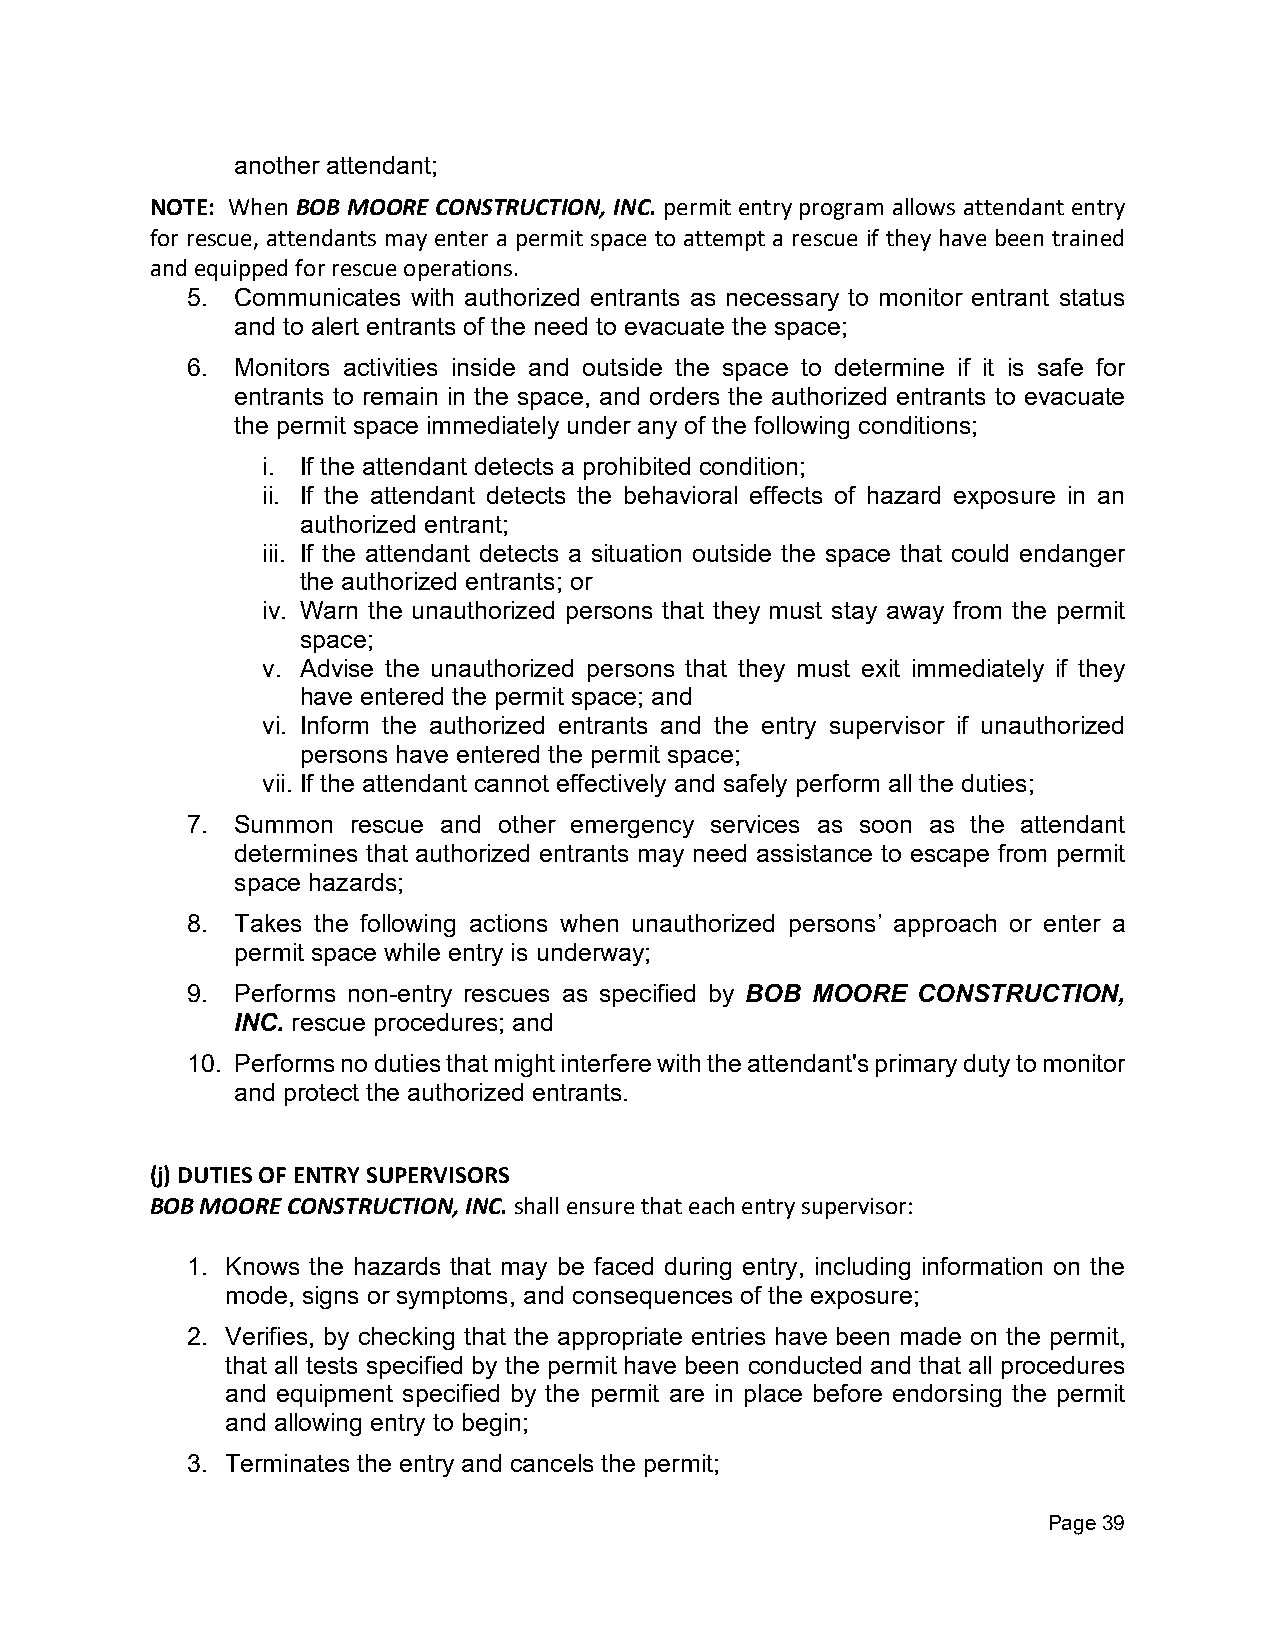
another attendant;
 NOTE: When BOB MOORE CONSTRUCTION, INC. permit entry program allows attendant entry
 for rescue, attendants may enter a permit space to attempt a rescue if they have been trained
 and equipped for rescue operations.
 5.  Communicates with authorized entrants as necessary to monitor entrant status
 and to alert entrants of the need to evacuate the space;
 6.  Monitors activities inside and outside the space to determine if it is safe for
 entrants to remain in the space, and orders the authorized entrants to evacuate
 the permit space immediately under any of the following conditions;
 i. If the attendant detects a prohibited condition;
 ii. If the attendant detects the behavioral effects of hazard exposure in an
 authorized entrant;
 iii. If the attendant detects a situation outside the space that could endanger
 the authorized entrants; or
 iv. Warn the unauthorized persons that they must stay away from the permit
 space;
 v. Advise the unauthorized persons that they must exit immediately if they
 have entered the permit space; and
 vi. Inform the authorized entrants and the entry supervisor if unauthorized
 persons have entered the permit space;
 vii. If the attendant cannot effectively and safely perform all the duties;
 7.  Summon rescue and other emergency services as soon as the attendant
 determines that authorized entrants may need assistance to escape from permit
 space hazards;
 8.  Takes the following actions when unauthorized persons’ approach or enter a
 permit space while entry is underway;
 9.  Performs non-entry rescues as specified by BOB MOORE CONSTRUCTION,
 INC. rescue procedures; and
 10. Performs no duties that might interfere with the attendant's primary duty to monitor
 and protect the authorized entrants.
 (j) DUTIES OF ENTRY SUPERVISORS
 BOB MOORE CONSTRUCTION, INC. shall ensure that each entry supervisor:
 1. Knows the hazards that may be faced during entry, including information on the
 mode, signs or symptoms, and consequences of the exposure;
 2. Verifies, by checking that the appropriate entries have been made on the permit,
 that all tests specified by the permit have been conducted and that all procedures
 and equipment specified by the permit are in place before endorsing the permit
 and allowing entry to begin;
 3. Terminates the entry and cancels the permit;
 Page 39